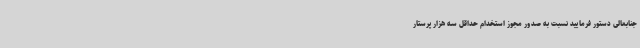
جنابعالی دستور فرمایید نسبت به صدور مجوز استخدام حداقل سه هزار پرستار